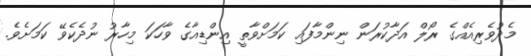
މެދުވެރިއެއްގެ ރޯލް އަދާކުރަން ނިންމާފައި ކަމަށްވާތީ އިންޑިއާގެ ވާހަކަ މިހާރު ނުދެކެވޭ ކަމަށެވެ.